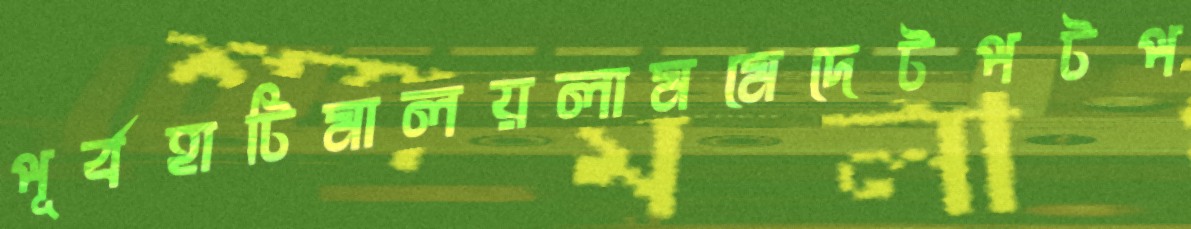
পূর্বহাটিমালয়লামমেদেটপটপ